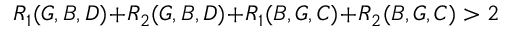
R _ { 1 } ( G , B , D ) \! + \! R _ { 2 } ( G , B , D ) \! + \! R _ { 1 } ( B , G , C ) \! + \! R _ { 2 } ( B , G , C ) > 2